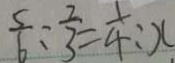
\frac { 5 } { 6 } : \frac { 2 } { 3 } = \frac { 1 } { 4 } : x